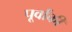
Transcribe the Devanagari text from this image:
पूर्वांकी